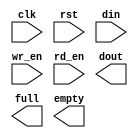
module memOpQ(
	clk,
	rst,
	din,
	wr_en,
	rd_en,
	dout,
	full,
	empty);


input clk;
input rst;
input [35 : 0] din;
input wr_en;
input rd_en;
output [35 : 0] dout;
output full;
output empty;

// synthesis translate_off

      FIFO_GENERATOR_V6_2 #(
		.C_COMMON_CLOCK(1),
		.C_COUNT_TYPE(0),
		.C_DATA_COUNT_WIDTH(10),
		.C_DEFAULT_VALUE("BlankString"),
		.C_DIN_WIDTH(36),
		.C_DOUT_RST_VAL("0"),
		.C_DOUT_WIDTH(36),
		.C_ENABLE_RLOCS(0),
		.C_ENABLE_RST_SYNC(1),
		.C_ERROR_INJECTION_TYPE(0),
		.C_FAMILY("virtex5"),
		.C_FULL_FLAGS_RST_VAL(0),
		.C_HAS_ALMOST_EMPTY(0),
		.C_HAS_ALMOST_FULL(0),
		.C_HAS_BACKUP(0),
		.C_HAS_DATA_COUNT(0),
		.C_HAS_INT_CLK(0),
		.C_HAS_MEMINIT_FILE(0),
		.C_HAS_OVERFLOW(0),
		.C_HAS_RD_DATA_COUNT(0),
		.C_HAS_RD_RST(0),
		.C_HAS_RST(1),
		.C_HAS_SRST(0),
		.C_HAS_UNDERFLOW(0),
		.C_HAS_VALID(0),
		.C_HAS_WR_ACK(0),
		.C_HAS_WR_DATA_COUNT(0),
		.C_HAS_WR_RST(0),
		.C_IMPLEMENTATION_TYPE(0),
		.C_INIT_WR_PNTR_VAL(0),
		.C_MEMORY_TYPE(1),
		.C_MIF_FILE_NAME("BlankString"),
		.C_MSGON_VAL(1),
		.C_OPTIMIZATION_MODE(0),
		.C_OVERFLOW_LOW(0),
		.C_PRELOAD_LATENCY(0),
		.C_PRELOAD_REGS(1),
		.C_PRIM_FIFO_TYPE("512x36"),
		.C_PROG_EMPTY_THRESH_ASSERT_VAL(4),
		.C_PROG_EMPTY_THRESH_NEGATE_VAL(5),
		.C_PROG_EMPTY_TYPE(0),
		.C_PROG_FULL_THRESH_ASSERT_VAL(511),
		.C_PROG_FULL_THRESH_NEGATE_VAL(510),
		.C_PROG_FULL_TYPE(0),
		.C_RD_DATA_COUNT_WIDTH(10),
		.C_RD_DEPTH(512),
		.C_RD_FREQ(1),
		.C_RD_PNTR_WIDTH(9),
		.C_UNDERFLOW_LOW(0),
		.C_USE_DOUT_RST(1),
		.C_USE_ECC(0),
		.C_USE_EMBEDDED_REG(0),
		.C_USE_FIFO16_FLAGS(0),
		.C_USE_FWFT_DATA_COUNT(1),
		.C_VALID_LOW(0),
		.C_WR_ACK_LOW(0),
		.C_WR_DATA_COUNT_WIDTH(10),
		.C_WR_DEPTH(512),
		.C_WR_FREQ(1),
		.C_WR_PNTR_WIDTH(9),
		.C_WR_RESPONSE_LATENCY(1))
	inst (
		.CLK(clk),
		.RST(rst),
		.DIN(din),
		.WR_EN(wr_en),
		.RD_EN(rd_en),
		.DOUT(dout),
		.FULL(full),
		.EMPTY(empty),
		.BACKUP(),
		.BACKUP_MARKER(),
		.SRST(),
		.WR_CLK(),
		.WR_RST(),
		.RD_CLK(),
		.RD_RST(),
		.PROG_EMPTY_THRESH(),
		.PROG_EMPTY_THRESH_ASSERT(),
		.PROG_EMPTY_THRESH_NEGATE(),
		.PROG_FULL_THRESH(),
		.PROG_FULL_THRESH_ASSERT(),
		.PROG_FULL_THRESH_NEGATE(),
		.INT_CLK(),
		.INJECTDBITERR(),
		.INJECTSBITERR(),
		.ALMOST_FULL(),
		.WR_ACK(),
		.OVERFLOW(),
		.ALMOST_EMPTY(),
		.VALID(),
		.UNDERFLOW(),
		.DATA_COUNT(),
		.RD_DATA_COUNT(),
		.WR_DATA_COUNT(),
		.PROG_FULL(),
		.PROG_EMPTY(),
		.SBITERR(),
		.DBITERR());


// synthesis translate_on

// XST black box declaration
// box_type "black_box"
// synthesis attribute box_type of memOpQ is "black_box"

endmodule